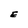
Character: E